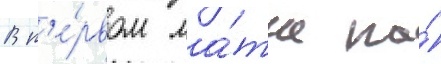
В п'е́рвом ма́тче на́